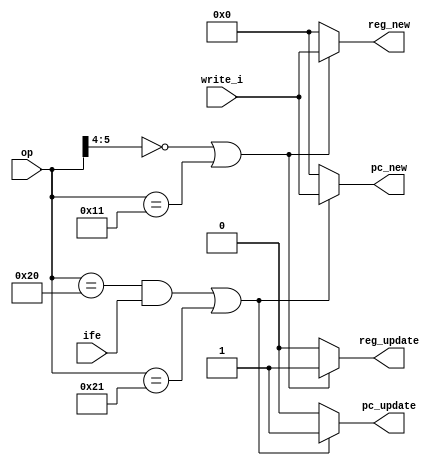
`timescale 1ns / 1ps
//////////////////////////////////////////////////////////////////////////////////
// Company: 
// Engineer: 
// 
// Design Name: 
// Module Name: write
// Project Name: 
// Target Devices: 
// Tool Versions: 
// Description: 
// 
// Dependencies: 
// 
// Revision:
// Revision 0.01 - File Created
// Additional Comments:
// 
//////////////////////////////////////////////////////////////////////////////////


module write(ife,op,write_i,reg_update,reg_new,pc_update,pc_new);
input ife;
input [5:0]op;
input [31:0]write_i;
output  reg_update;
output  [31:0]reg_new;
output  pc_update;
output  [31:0]pc_new;
 
assign reg_update =  (op[5:4]==2'b00 || op==6'b010001) ? 1:0;
assign reg_new = (op[5:4]==2'b00 || op==6'b010001) ? write_i:0;
assign pc_update = ((op==6'b100000 && ife) || op==6'b10_0001) ? 1:0;
assign pc_new = ((op==6'b100000 && ife) || op==6'b10_0001) ? write_i:0;

endmodule